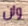
ولن